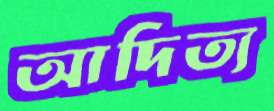
আদিত্য